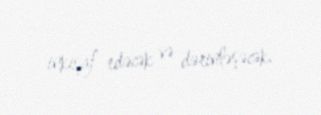
inkişaf edəcək və dərinləşəcək.